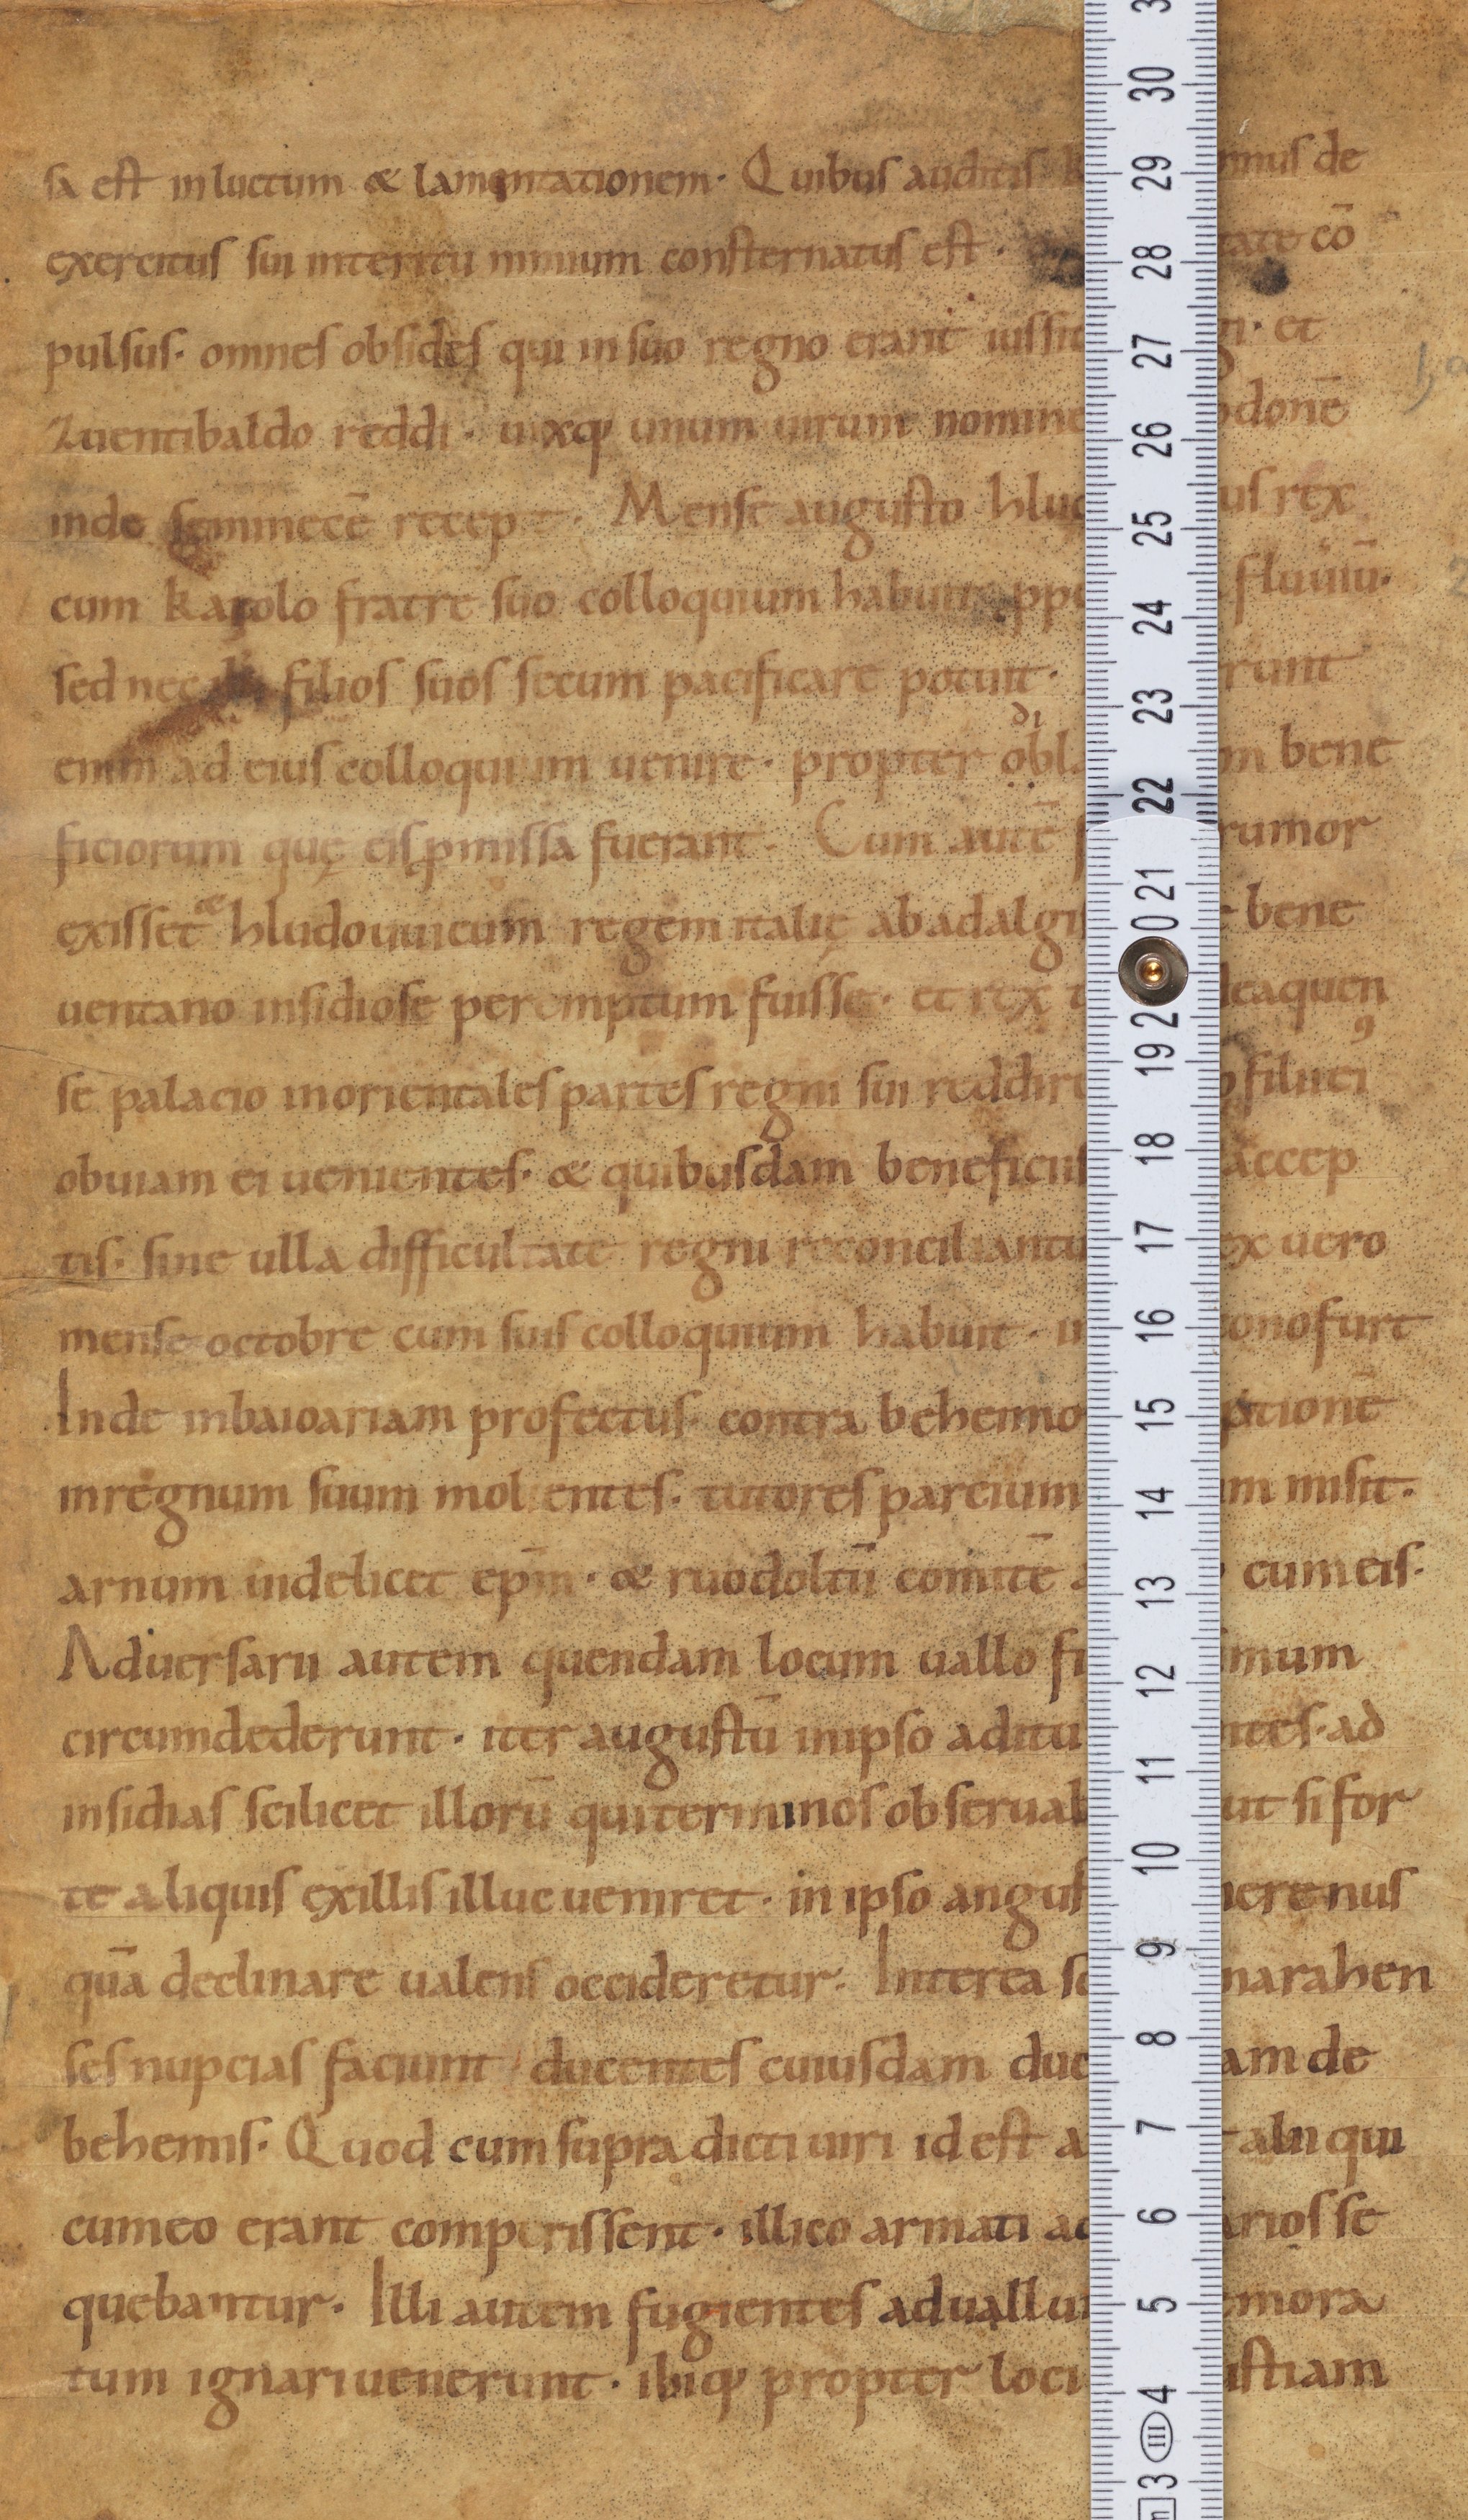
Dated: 900–1099